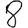
Digit: 8